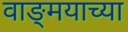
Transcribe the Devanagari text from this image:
वाङ्‍मयाच्या